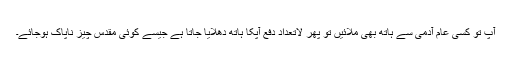
آٌپ تو کسی عام آدمی سے ہاتھ بھی ملائیں تو پھر لاتعداد دفع آپکا ہاتھ دھلایا جاتا ہے جیسے کوئی مقدس چیز ناپاک ہوجائے۔